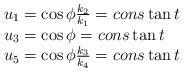
LaTeX: \begin{align*}\begin{array}{l} u_1 = \cos \phi \frac{{k_2 }}{{k_1 }} = cons\tan t \\ u_3 = \cos \phi = cons\tan t \\ u_5 = \cos \phi \frac{{k_3 }}{{k_4 }} = cons\tan t \\ \end{array}\end{align*}